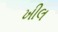
ખીલ